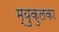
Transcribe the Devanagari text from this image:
म्युकुलका